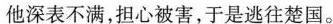
他深表不满，担心被害，于是逃往楚国。